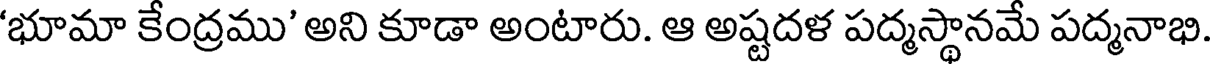
'భూమా కేంద్రము' అని కూడా అంటారు. ఆ అష్టదళ పద్మస్థానమే పద్మనాభి